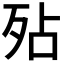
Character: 𭮆